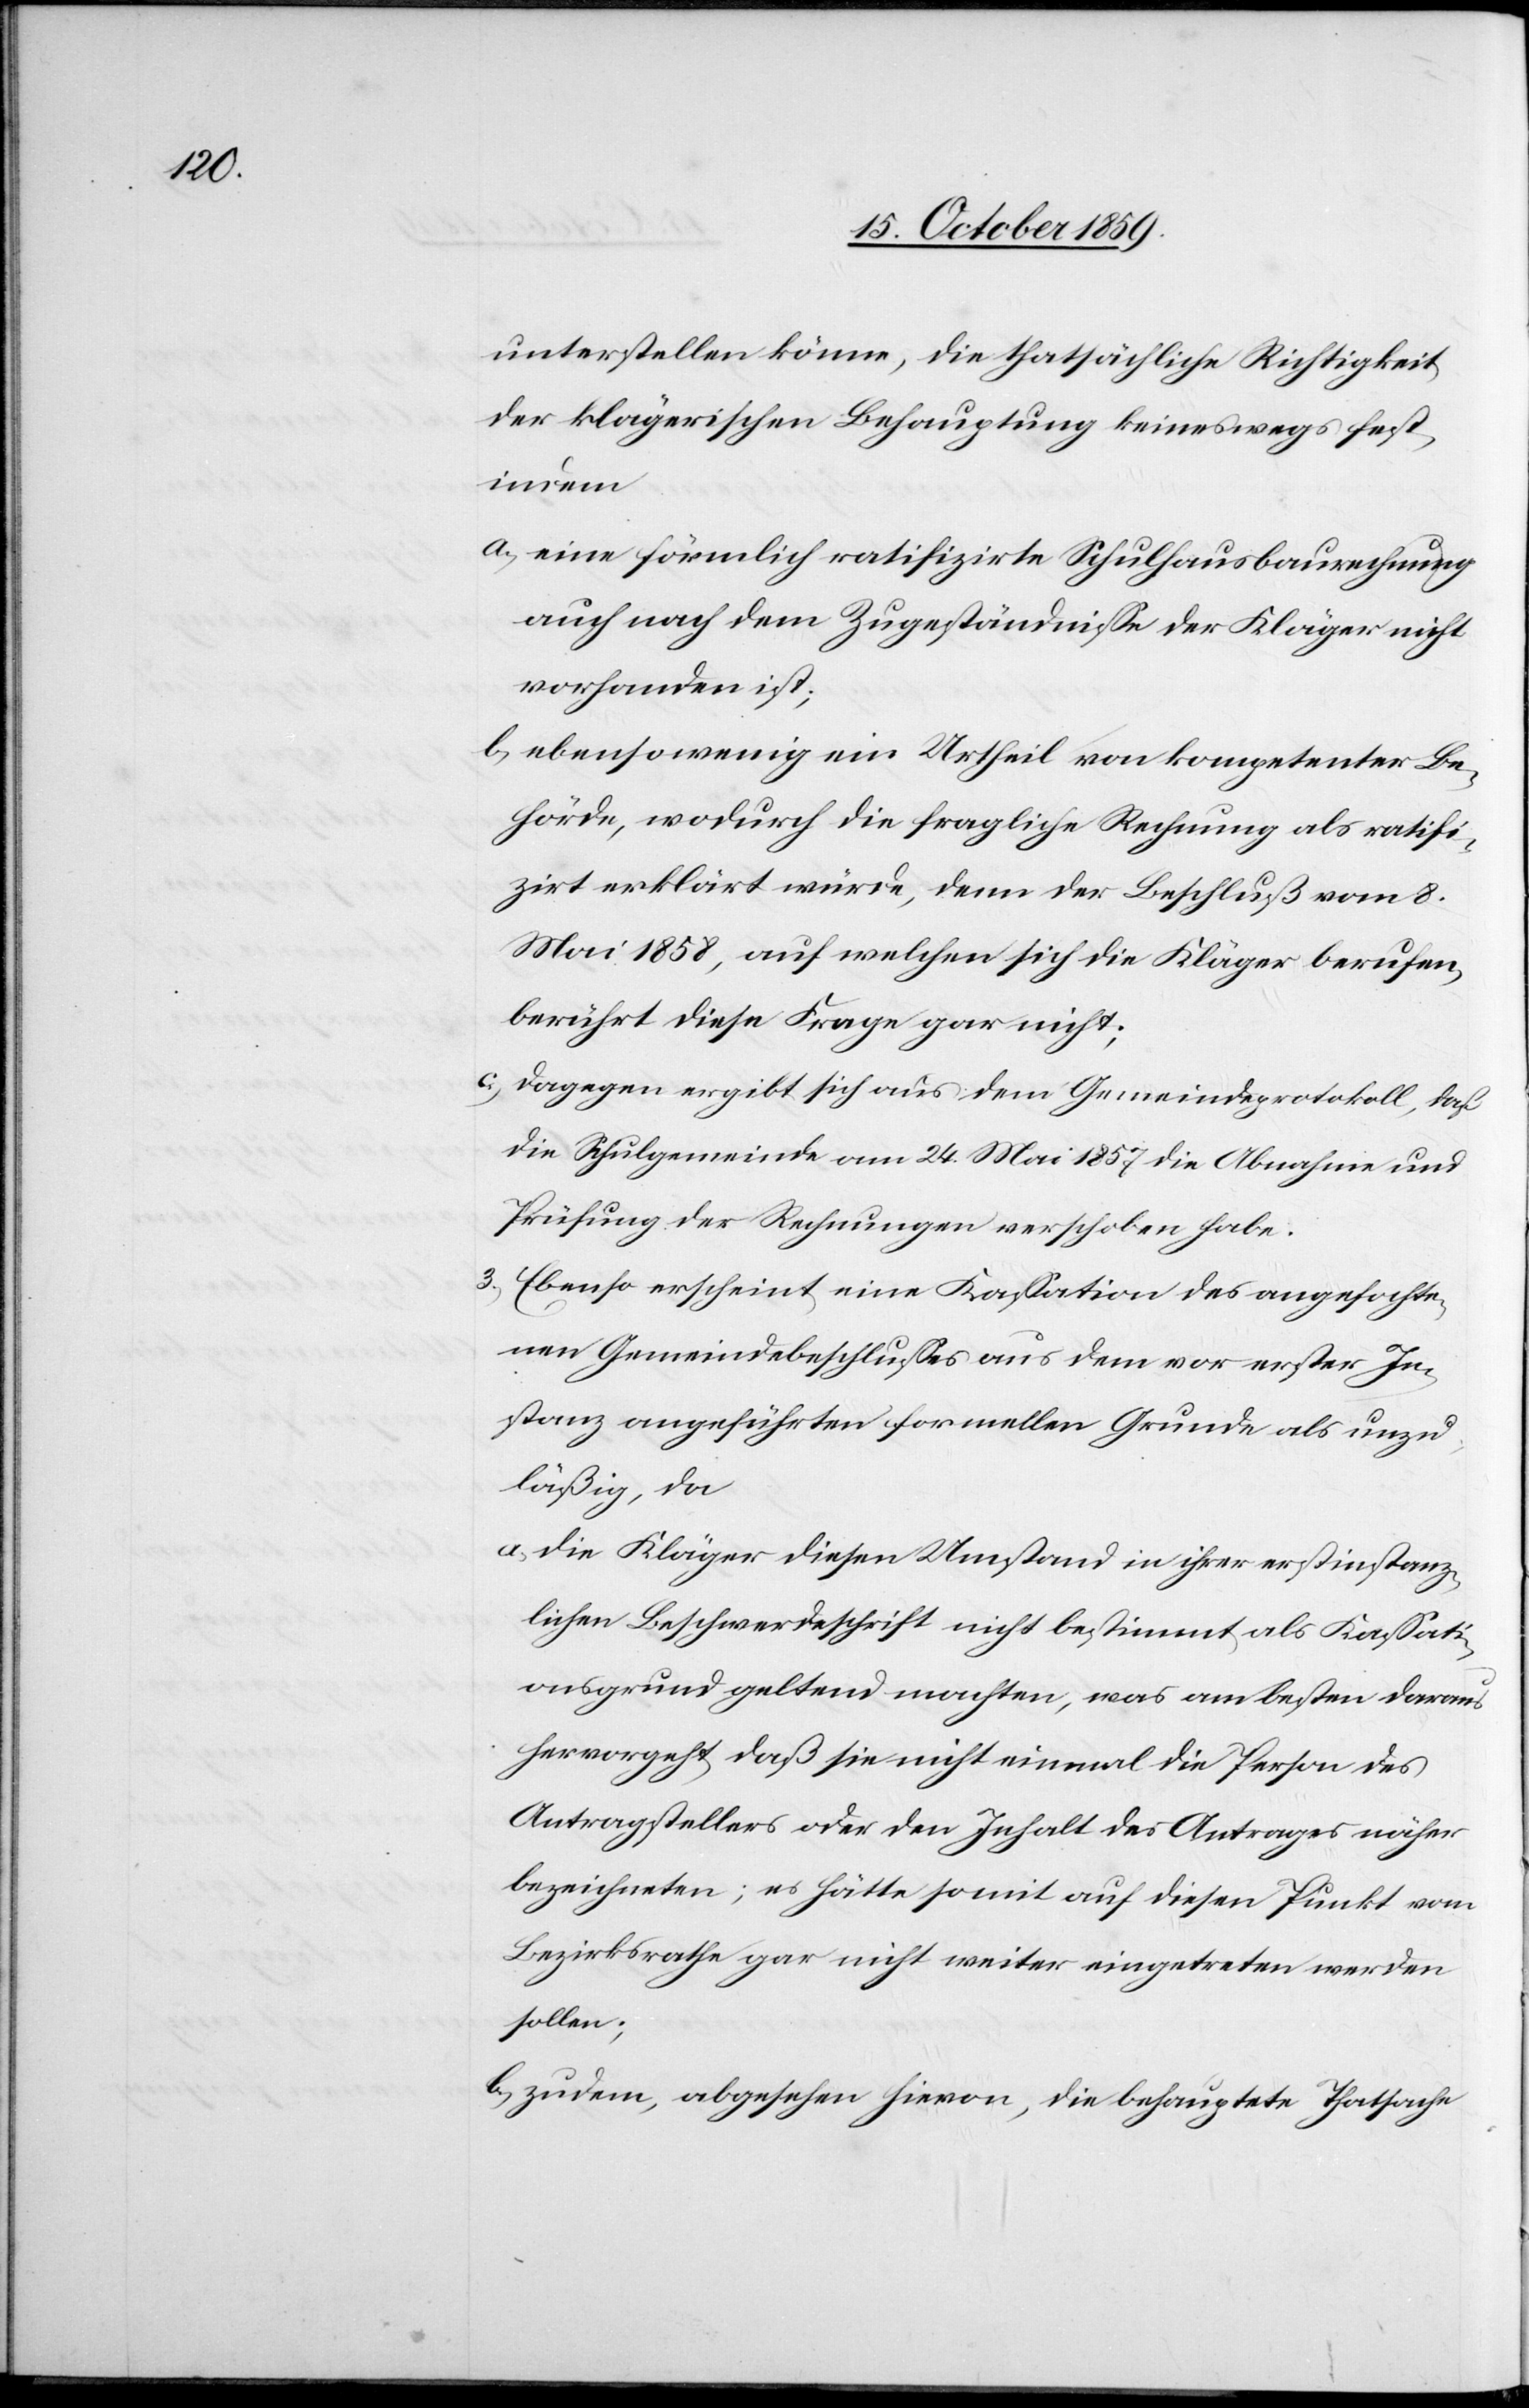
unterstellen könne, die thatsächliche Richtigkeit
der klägerischen Behauptung keineswegs fest
indem
a) eine förmlich ratifizirte Schulhausbaurechnung
auch nach dem Zugeständnisse der Kläger nicht
vorhanden ist;
b) ebensowenig ein Urtheil von kompetenter Be¬
hörde, wodurch die fragliche Rechnung als ratifi¬
zirt erklärt würde, denn der Beschluß vom 8.
Mai 1858, auf welchen sich die Kläger berufen,
berührt diese Frage gar nicht;
c) dagegen ergibt sich aus dem Gemeindeprotokoll, daß
die Schulgemeinde vom 24. Mai 1857 die Abnahme und
Prüfung der Rechnungen verschoben habe.
3) Ebenso erscheint eine Kassation des angefochte¬
nen Gemeindebschlusses aus dem vor erster In¬
stanz angeführten formellen Grunde als unzu¬
läßig, da
a) die Kläger diesen Umstand in ihrer erstinstanz¬
lichen Beschwerdeschrift nicht bestimmt als Kassati¬
onsgrund geltend machten, was am besten daraus
hervorgeht, daß sie nicht einmal die Person des
Antragstellers oder den Inhalt des Antrages näher
bezeichneten; es hätte somit auf diesen Punkt vom
Bezirksrathe gar nicht weiter eingetreten werden
sollen;
b) zudem, abgesehen hievon, die behauptete Thatsache,